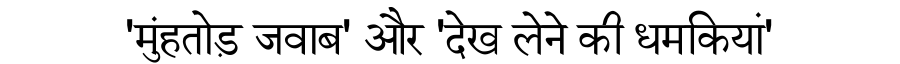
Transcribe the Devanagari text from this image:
'मुंहतोड़ जवाब' और 'देख लेने की धमकियां'